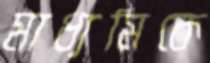
মাধ্যমিকে